Civil Veterinary Dept. Assam report 1927-50 - 1927-1950
Year: 1927
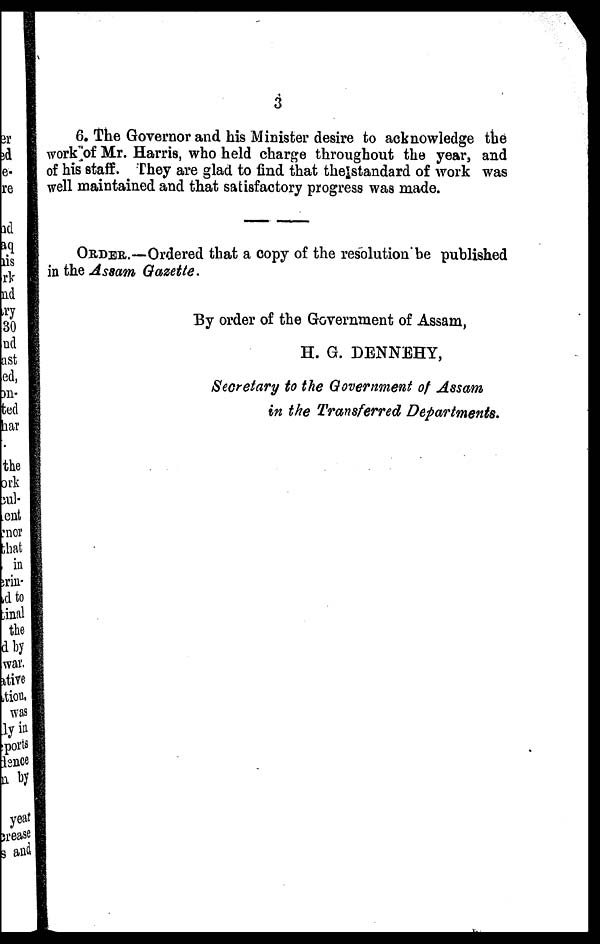
3
6. The Governor and his Minister desire to acknowledge the
work of Mr. Harris, who held charge throughout the year, and
of his staff. They are glad to find that the standard of work was
well maintained and that satisfactory progress was made.
ORDER.—Ordered that a copy of the resolution be published
in the Assam Gazette.
By order of the Government of Assam,
H. G. DENNEHY,
Secretary to the Government of Assam
in the Transferred Departments.